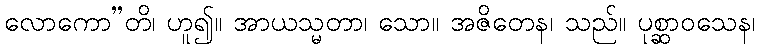
လောကော”တိ၊ ဟူ၍။ အာယသ္မတာ၊ သော။ အဇိတေန၊ သည်။ ပုစ္ဆာဝသေန၊